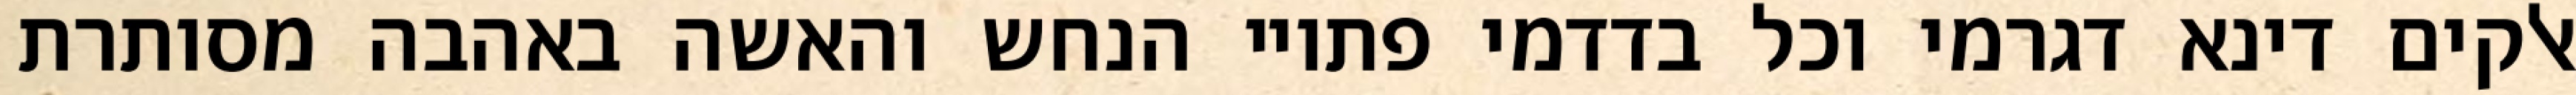
אלקים דינא דגרמי וכל בדדמי פתויי הנחש והאשה באהבה מסותרת